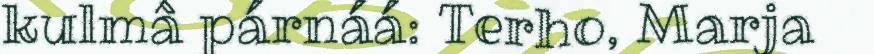
kulmâ párnáá: Terho, Marja